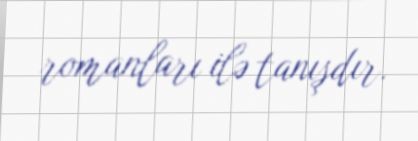
romanları ilə tanışdır.